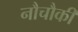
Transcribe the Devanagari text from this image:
नौचौकी